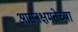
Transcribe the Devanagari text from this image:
आसनक्षमतेच्या